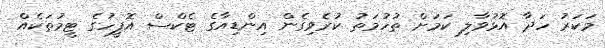
މަކަރު ހަދާ އޮޅުވާލި ކަމަށް ތުހުމަތު ކުރެވިގެން އިންޑިއާގެ ޓެކްސް އޮފީހުގެ ޓީމުތަކެއް